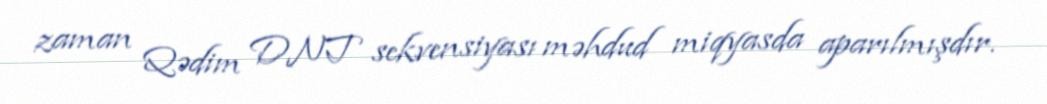
zaman Qədim DNT sekvensiyası məhdud miqyasda aparılmışdır.